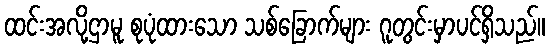
ထင်းအလို့ဌာမူ စုပုံထားသော သစ်ခြောက်များ ဂူတွင်းမှာပင်ရှိသည်။